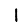
Digit: 1